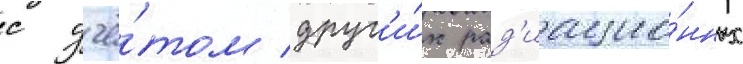
с учё́том друг'и́х рад'иацио́нных